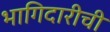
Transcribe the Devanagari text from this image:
भागिदारीची